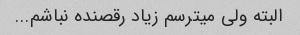
البته ولی میترسم زیاد رقصنده نباشم...